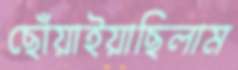
ছোঁয়াইয়াছিলাম